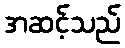
အဆင့်သည်